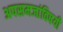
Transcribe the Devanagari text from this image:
अपसमजांविषयी